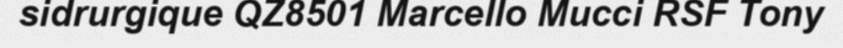
sidrurgique QZ8501 Marcello Mucci RSF Tony